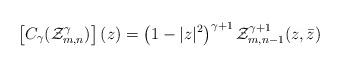
LaTeX: \begin{align*}\left[C_{\gamma}(\mathcal{Z}_{m,n}^{\gamma}) \right](z)&= \left(1-|z|^2\right)^{\gamma+1} \mathcal{Z}_{m,n-1}^{\gamma+1}(z,\bar{z})\end{align*}